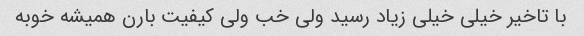
با تاخیر خیلی خیلی زیاد رسید ولی خب ولی کیفیت بارن همیشه خوبه